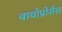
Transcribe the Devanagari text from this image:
बायोप्रोसैस